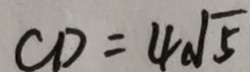
C D = 4 \sqrt { 5 }